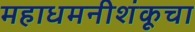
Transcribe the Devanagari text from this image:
महाधमनीशंकूचा